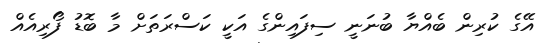
އޭގެ ކުރިން ބެއްޔާ ބުނަނީ ސިފައިންގެ އަކީ ކަސްރަތަށް މާ ބޮޑު ފޯރިއެއް